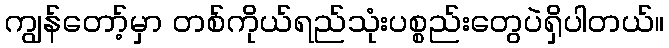
ကျွန်တော့်မှာ တစ်ကိုယ်ရည်သုံးပစ္စည်းတွေပဲရှိပါတယ်။